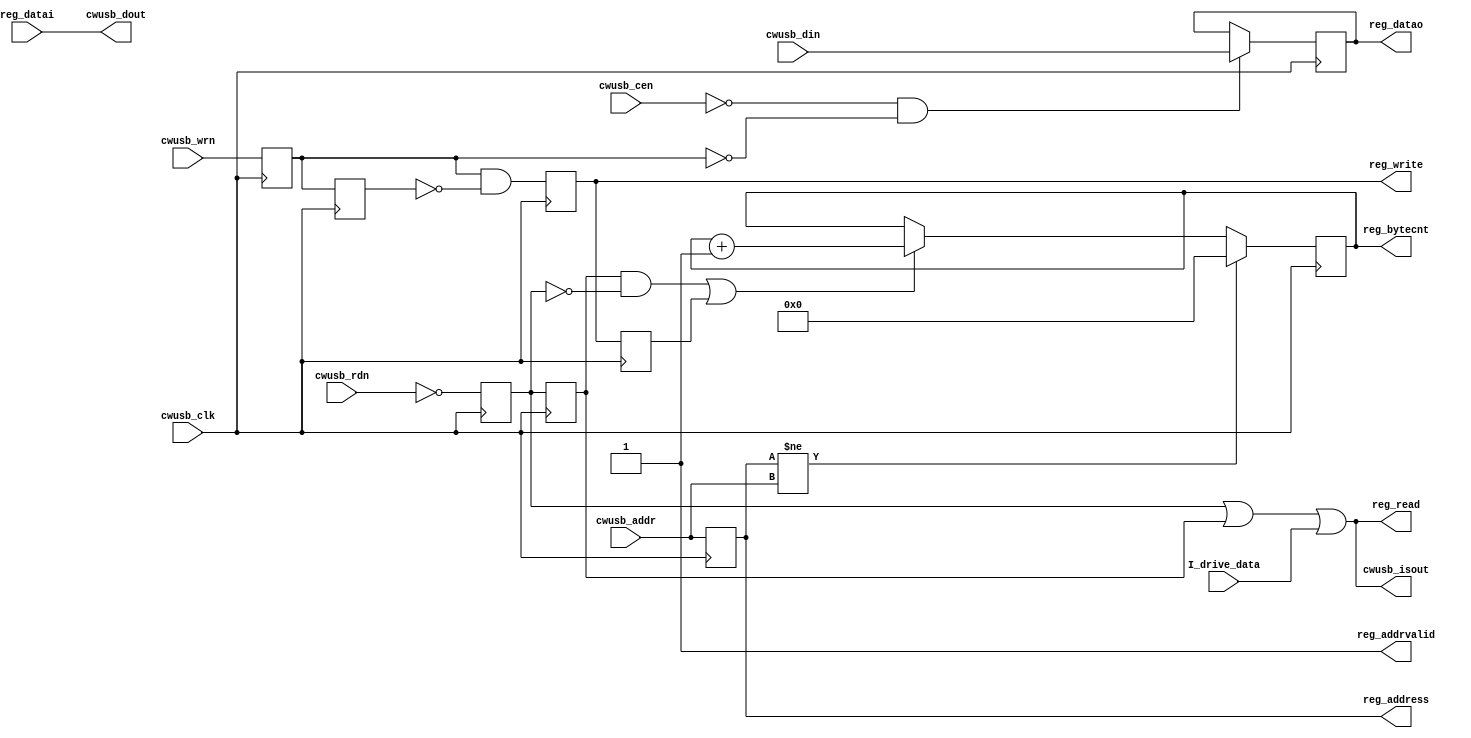
`default_nettype none
`timescale 1ns / 1ps
//////////////////////////////////////////////////////////////////////////////////
// Company: NewAE
// 
// Create Date: 
// Design Name: 
// Module Name: usb_reg_main
// Project Name: 
// Target Devices: 
// Tool Versions: 
// Description: 
// 
// Dependencies: 
// 
// Revision:
// Revision 0.01 - File Created
// Additional Comments:
// 
//////////////////////////////////////////////////////////////////////////////////


module usb_reg_main #(
   parameter pBYTECNT_SIZE = 7
)(
   input  wire         cwusb_clk,

   /* Interface to ChipWhisperer-Lite USB Chip */
   input  wire [7:0]   cwusb_din,
   output wire [7:0]   cwusb_dout,
   output wire         cwusb_isout,
   input  wire [7:0]   cwusb_addr,
   input  wire         cwusb_rdn,
   input  wire         cwusb_wrn,
   input  wire         cwusb_cen,

 /* Interface to registers */
   input  wire         I_drive_data, // if high, drive data bus no matter what (use with care!)
   output reg  [7:0]   reg_address,  // Address of register
   output reg  [pBYTECNT_SIZE-1:0]  reg_bytecnt,  // Current byte count
   output reg  [7:0]   reg_datao,    // Data to write
   input  wire [7:0]   reg_datai,    // Data to read
   output wire         reg_read,     // Read flag. One clock cycle AFTER this flag is high
                                     // valid data must be present on the reg_datai bus
   output reg          reg_write,    // Write flag. When high on rising edge valid data is
                                     // present on reg_datao
   output wire         reg_addrvalid // Address valid flag
);


   wire rdflag = ~cwusb_rdn & ~cwusb_cen;
   reg isoutreg, isoutregdly;
   reg cwusb_wrn_rs, cwusb_wrn_rs_dly;
   reg reg_write_dly;

   // note: could possibly be simplified, and delays reduced?
   always @(posedge cwusb_clk) begin
      isoutreg <= ~cwusb_rdn;
      isoutregdly <= isoutreg;

      cwusb_wrn_rs <= cwusb_wrn;
      cwusb_wrn_rs_dly <= cwusb_wrn_rs;
      reg_write <= cwusb_wrn_rs & ~cwusb_wrn_rs_dly;
   end


   //TODO: this should be synchronous to device clock, but is phase OK? Might need to
   //use resyncronized version...
   assign reg_read = cwusb_isout;
   assign cwusb_dout = reg_datai;

   assign reg_addrvalid = 1'b1;

   //Don't immediatly turn off output drivers
   assign cwusb_isout = isoutreg | isoutregdly | I_drive_data;

   always @(posedge cwusb_clk) begin
      reg_address <= cwusb_addr;
   end

   always @(posedge cwusb_clk) begin
      //if (~cwusb_cen & ~cwusb_wrn) begin
      if (~cwusb_cen & ~cwusb_wrn_rs) begin
         reg_datao <= cwusb_din;
      end
   end

   /* Byte count block. We need to increment after a read or after a write */
   always @(posedge cwusb_clk) reg_write_dly <= reg_write;

   always @(posedge cwusb_clk) begin
      if (reg_address != cwusb_addr) begin
         reg_bytecnt <= 0;
      end else if ((isoutregdly & !isoutreg) || (reg_write_dly) ) begin
         //roll-over is allowed (only access to use it is FIFO read, where we
         //only look at reg_bytecnt % 4)
         reg_bytecnt <= reg_bytecnt + 1;
      end
   end

endmodule

`default_nettype wire